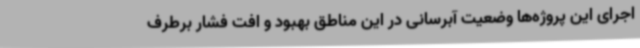
اجرای این پروژه‌ها وضعیت آبرسانی در این مناطق بهبود و افت فشار برطرف